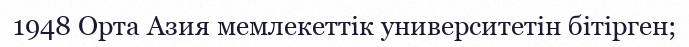
1948 Орта Азия мемлекеттік университетін бітірген;